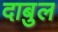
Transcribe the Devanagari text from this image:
दाबुल